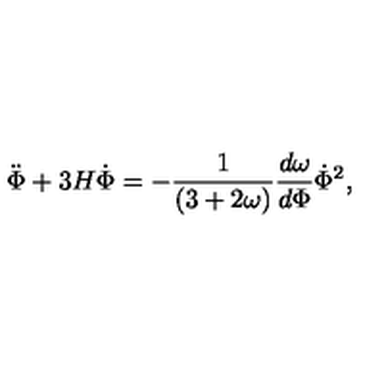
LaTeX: { { \ddot { \Phi } + 3 H \dot { \Phi } = - { \frac { 1 } { ( 3 + 2 \omega ) } } { \frac { d \omega } { d \Phi } } \dot { \Phi } ^ { 2 } } , }